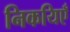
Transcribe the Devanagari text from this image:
निकयिएँ